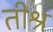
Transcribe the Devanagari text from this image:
तीश्र